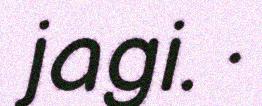
jagi. ·